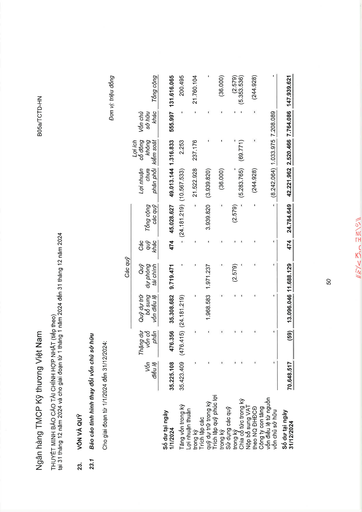
|||||Các quỹ||||||| |---|---|---|---|---|---|---|---|---|---|---| ||Vốn điều lệ|Thặng dư vốn cổ phần|Quỹ dự trữ bổ sung vốn điều lệ|Quỹ dự phòng tài chính|Các quỹ khác|Tổng cộng các quỹ|Lợi nhuận chưa phân phối|Lợi ích cổ đông không kiểm soát|Vốn chủ sở hữu khác|Tổng cộng| |Số dư tại ngày 1/1/2024|35.225.108|476.356|35.308.682|9.719.471|474|45.028.627|49.013.144|1.316.833|555.997|131.616.065| |Tăng vốn trong kỳ|35.423.409|(476.415)|(24.181.219)|-|-|(24.181.219)|(10.567.533)|2.253|-|200.495| |Lợi nhuận thuần trong kỳ|-|-|-|-|-|-|21.522.928|237.176|-|21.760.104| |Trích lập các quỹ dự trữ trong kỳ|-|-|1.968.583|1.971.237|-|3.939.820|(3.939.820)|-|-|-| |Trích lập quỹ phúc lợi trong kỳ|-|-|-|-|-|-|(36.000)|-|-|(36.000)| |Sử dụng các quỹ trong kỳ|-|-|-|(2.579)|-|(2.579)|-|-|-|(2.579)| |Chia cổ tức trong kỳ|-|-|-|-|-|-|(5.283.765)|(69.771)|-|(5.353.536)| |Nộp bổ sung VAT theo NQ ĐHĐCĐ|-|-|-|-|-|-|(244.928)|-|-|(244.928)| |Công ty con tăng vốn điều lệ từ nguồn vốn chủ sở hữu|-|-|-|-|-|-|(8.242.064)|1.033.975|7.208.089|-| |Số dư tại ngày 31/12/2024|70.648.517|(59)|13.096.046|11.688.129|474|24.784.649|42.221.962|2.520.466|7.764.086|147.939.621|